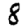
Digit: 8